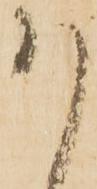
ハ